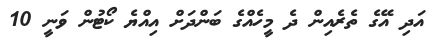
އަދި އޭގެ ތެރެއިން ދެ މީހެއްގެ ބަންދަށް އިއްޔެ ކޯޓުން ވަނީ 10